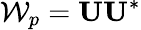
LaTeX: \mathcal{W}_{p}=\mathbf{U}\mathbf{U}^{*}